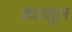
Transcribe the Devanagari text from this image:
कंठशूल